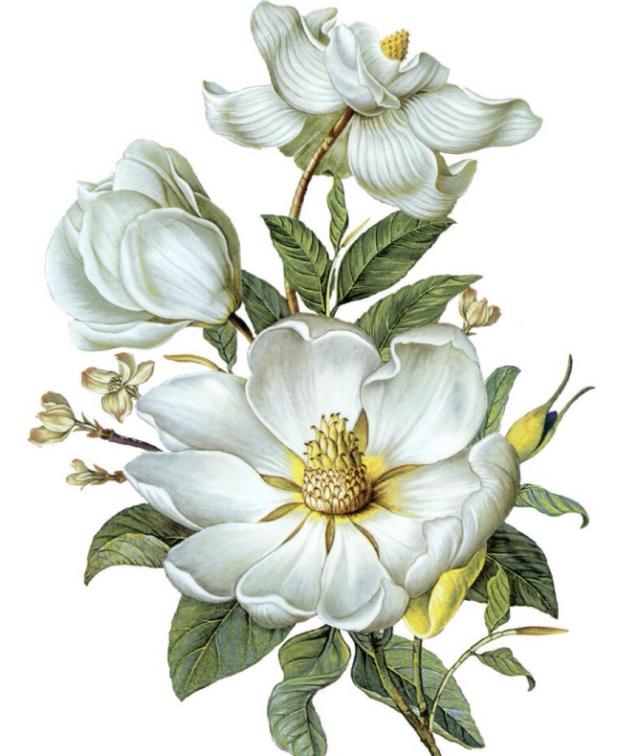
火树银花合，星桥铁锁开。